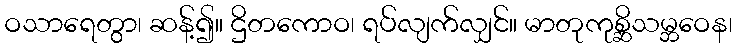
ဝသာရေတွာ၊ ဆန့်၍။ ဌိတကောဝ၊ ရပ်လျက်လျှင်။ မာတုကုစ္ဆိသမ္ဘဝေန၊